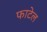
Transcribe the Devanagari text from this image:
फाटेल